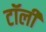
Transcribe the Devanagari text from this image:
टॉली